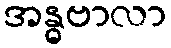
အန္ဓဗာလာ